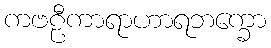
ကဗဠီကာရာဟာရဘက္ခော